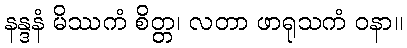
နန္ဒနံ မိဿကံ စိတ္တ၊ လတာ ဖာရုသကံ ဝနာ။